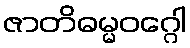
ဇာတိဓမ္မဝဂ္ဂေါ